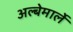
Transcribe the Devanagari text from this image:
अल्बेमार्ले